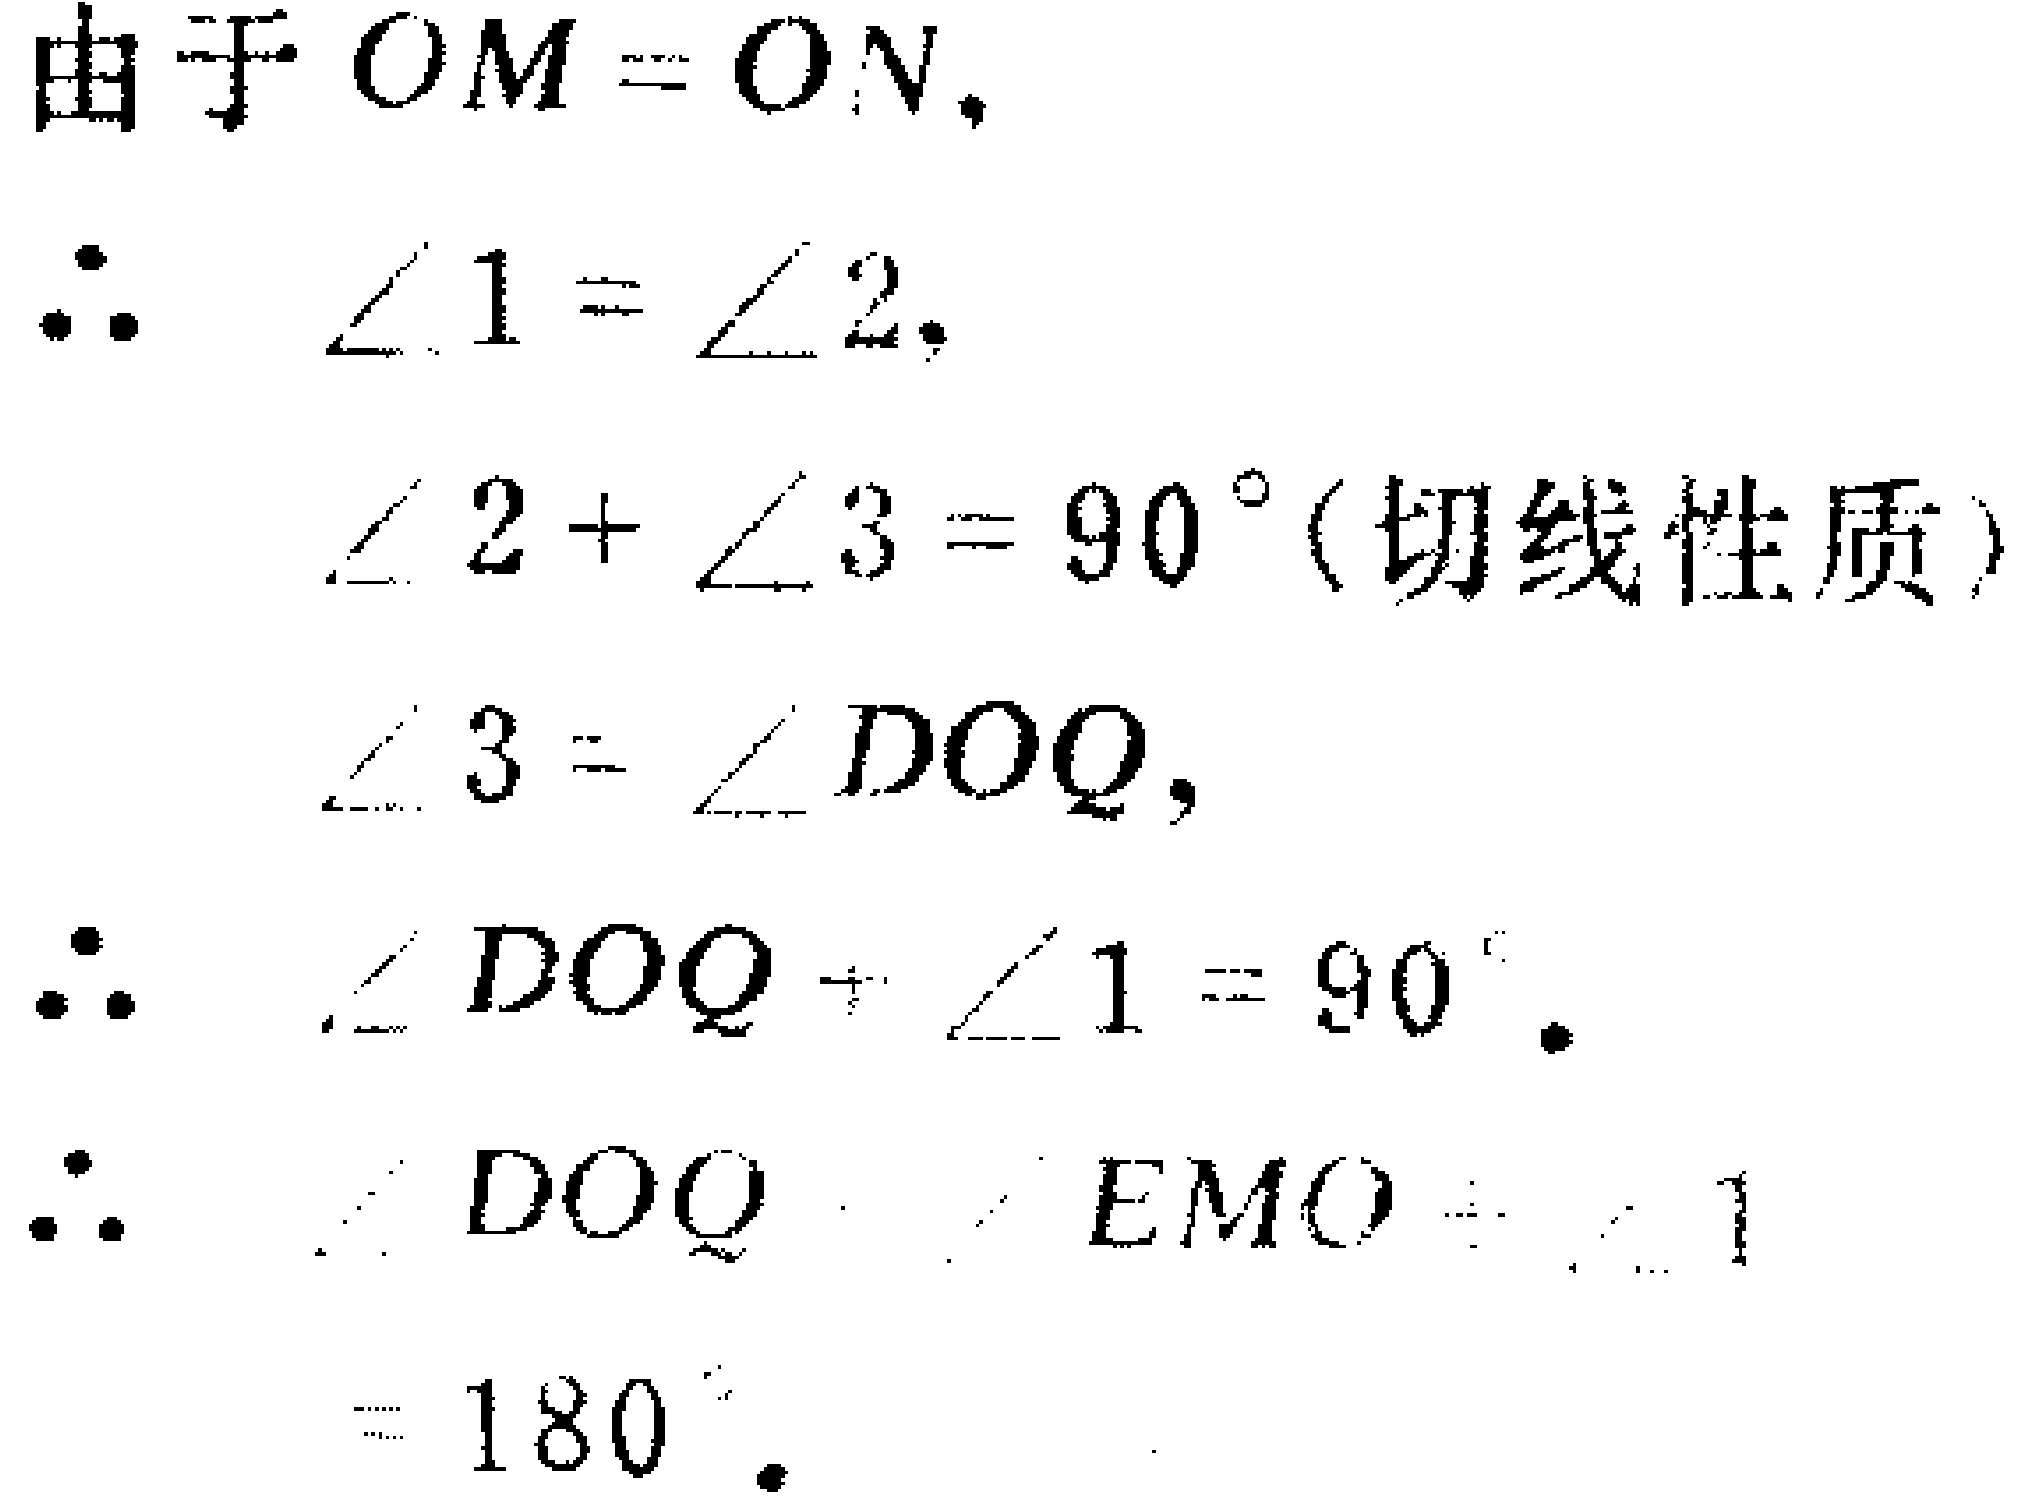
由于 \(OM = ON\)，
\(\therefore\) \(\angle 1=\angle 2\)，
\(\angle 2 + \angle 3 = 90^{\circ}\)（切线性质）
\(\angle 3 = \angle DOQ\)，
\(\therefore\) \(\angle DOQ+\angle 1 = 90^{\circ}\)。
\(\therefore\) \(\angle DOQ+\angle EMO+\angle 1\)
\(= 180^{\circ}\)。